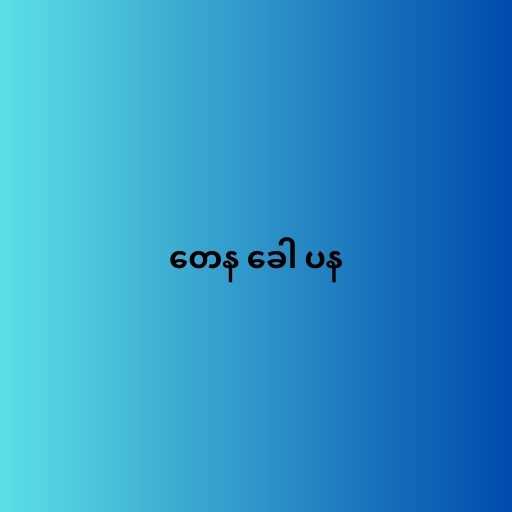
တေန ခေါ ပန